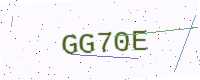
Text: GG70E